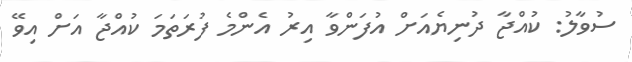
ސުވާލު: ކުއްޖާ ދުނިޔެއަށް އުފަންވާ އިރު އެންމެ ފުރަތަމަ ކުއްޖާ އަށް އިވޭ